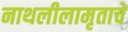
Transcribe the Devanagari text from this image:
नाथलीलामृताचे